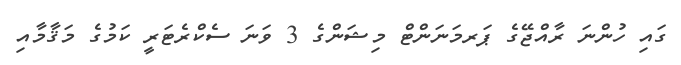
ގައި ހުންނަ ރާއްޖޭގެ ޕަރމަނަންޓް މިޝަންގެ 3 ވަނަ ސެކްރެޓަރީ ކަމުގެ މަޤާމާއި